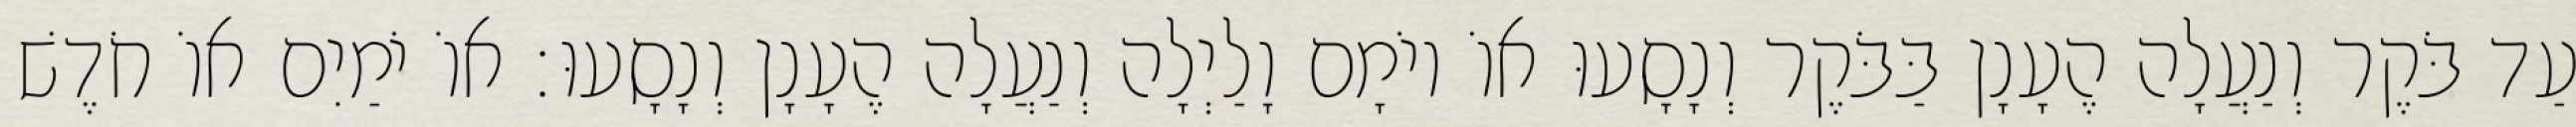
עַד בֹּקֶר וְנַעֲלָה הֶעָנָן בַּבֹּקֶר וְנָסָעוּ אוֹ יוֹמָם וָלַיְלָה וְנַעֲלָה הֶעָנָן וְנָסָעוּ׃ אוֹ יֹמַיִם אוֹ חֹדֶשׁ